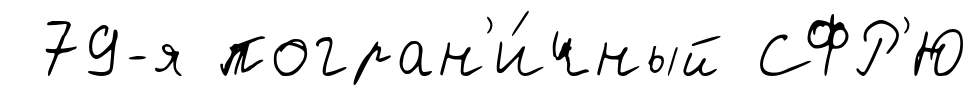
79-я погран'и́чный СФР'Ю